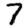
Digit: 7